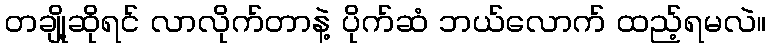
တချို့ဆိုရင် လာလိုက်တာနဲ့ ပိုက်ဆံ ဘယ်လောက် ထည့်ရမလဲ။